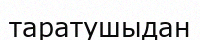
таратушыдан